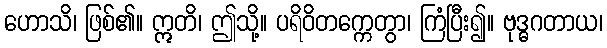
ဟောသိ၊ ဖြစ်၏။ ဣတိ၊ ဤသို့။ ပရိဝိတက္ကေတွာ၊ ကြံပြီး၍။ ဗုဒ္ဓဂတာယ၊